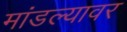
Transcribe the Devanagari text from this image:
मांडल्यावर